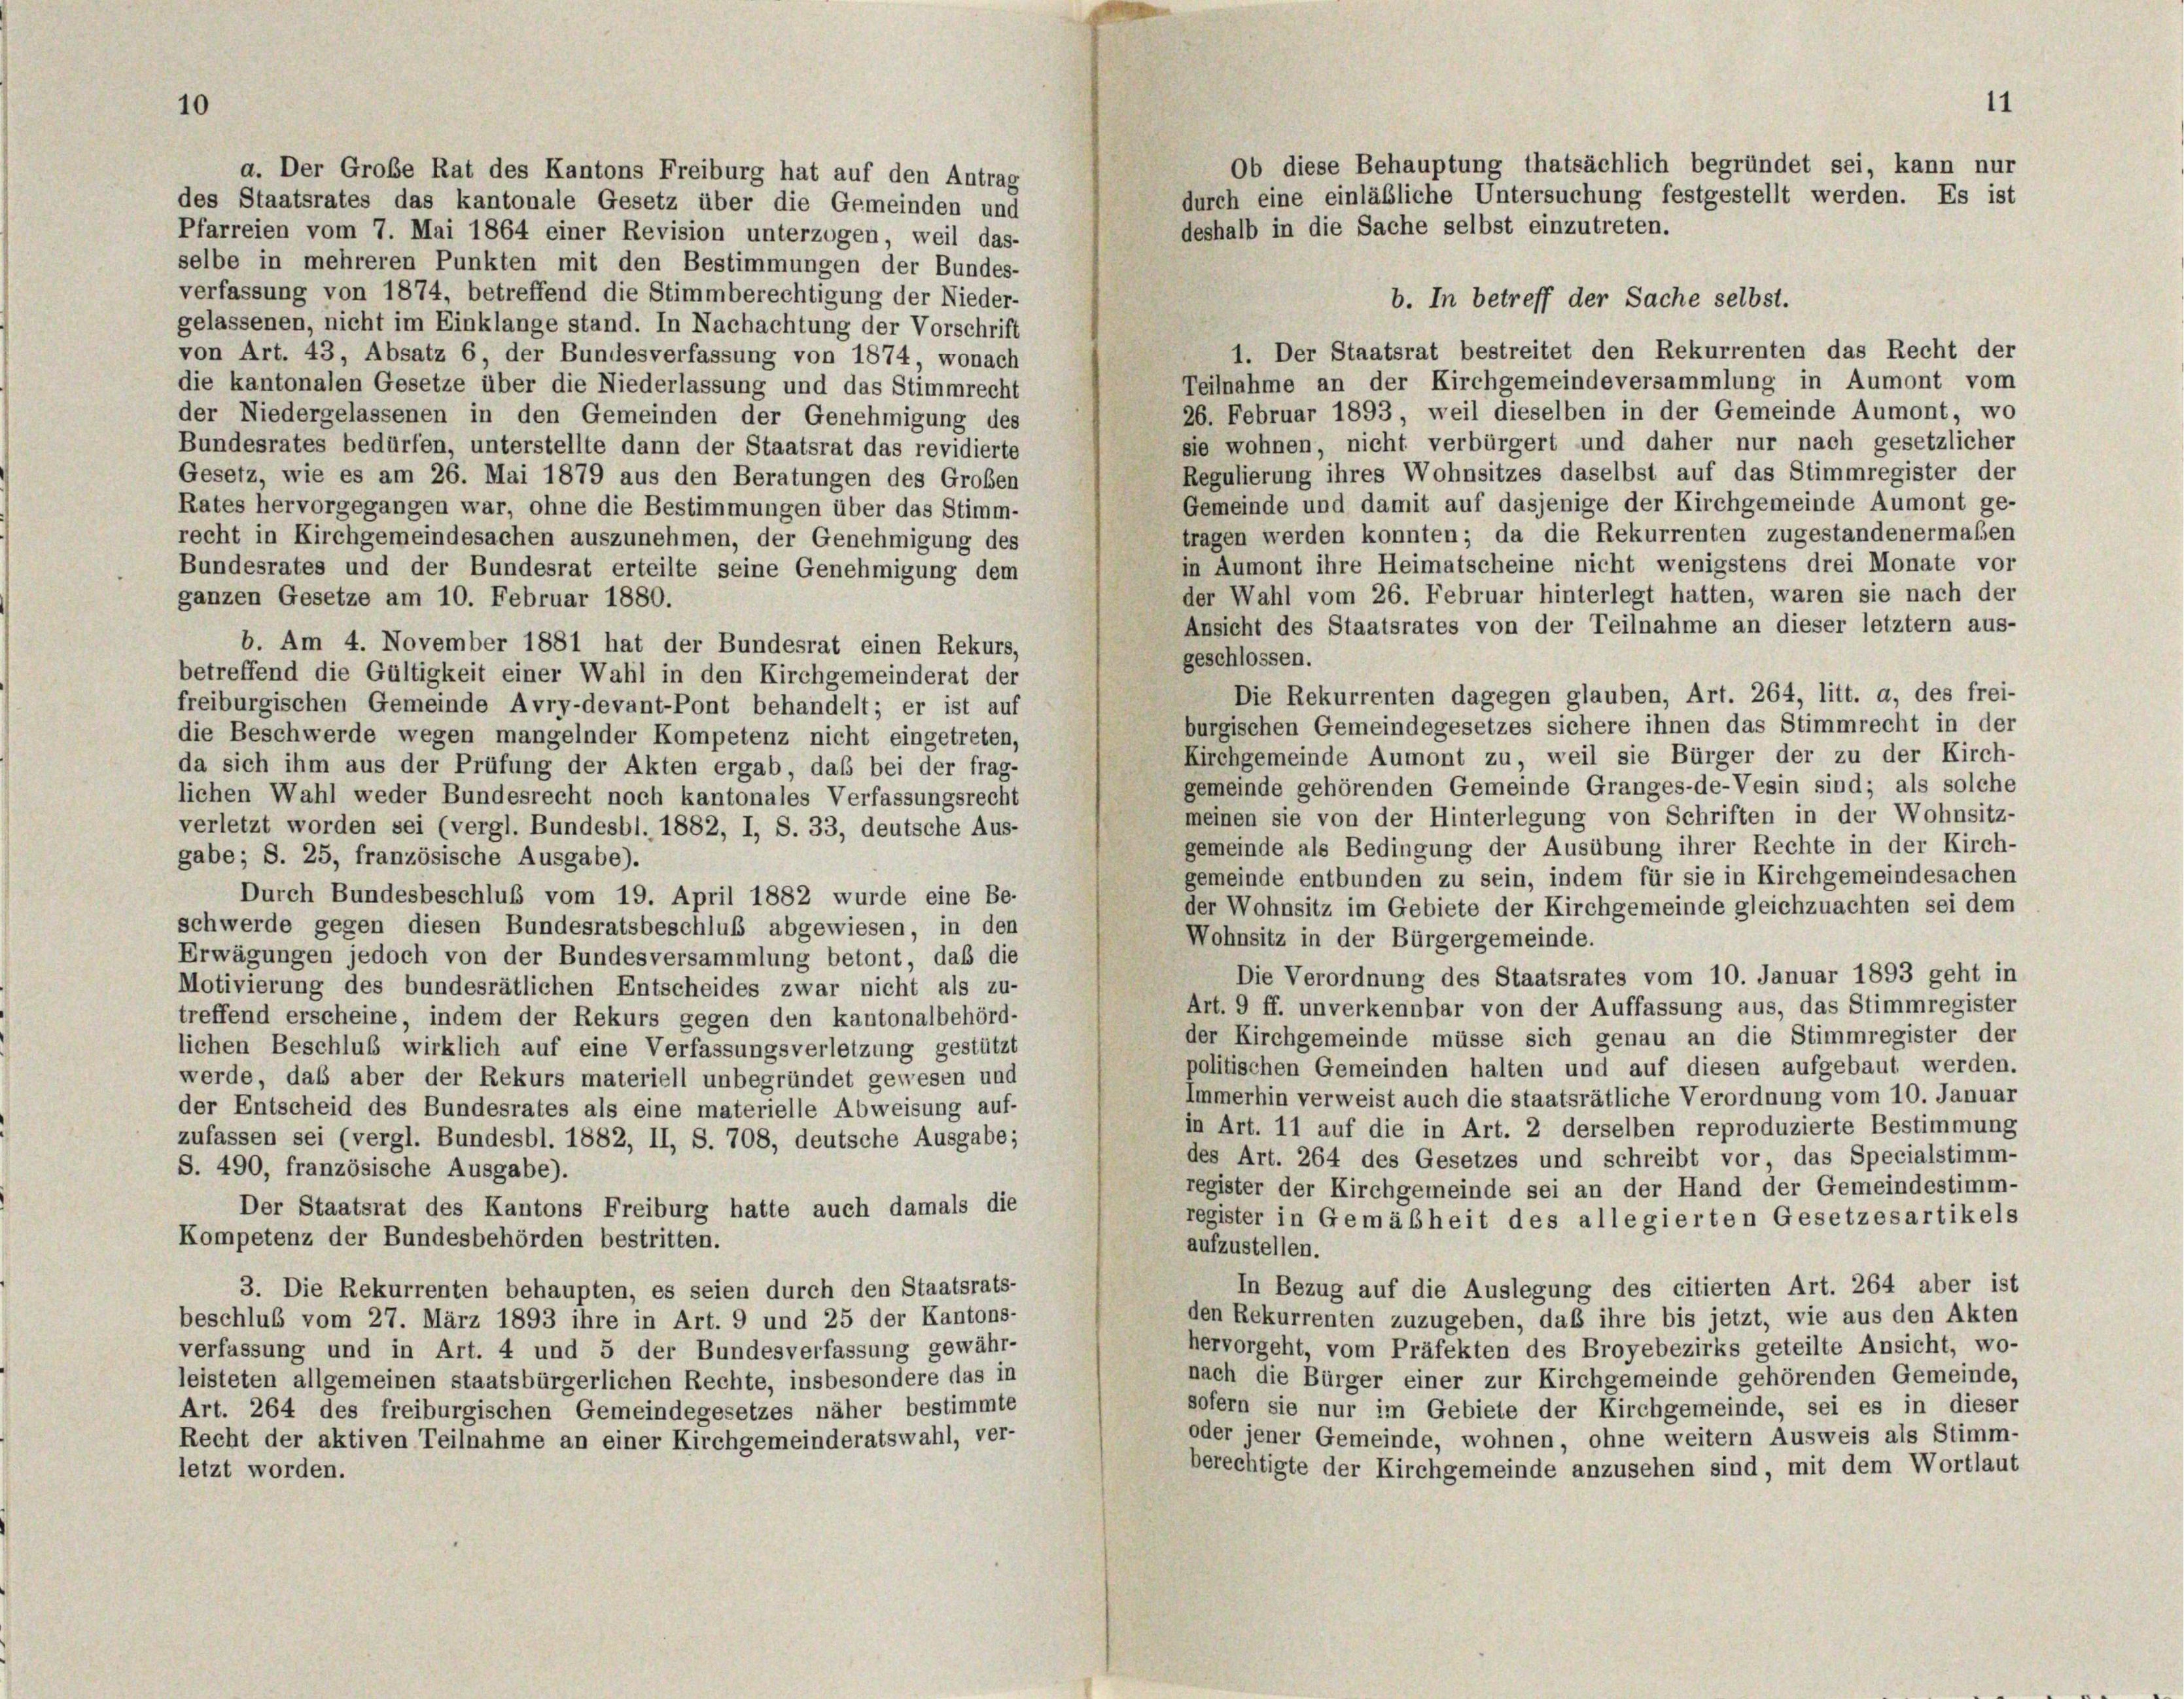
a. Der Große Rat des Kantons Freiburg hat auf den Antrag
des Staatsrates das kantonale Gesetz über die Gemeinden und
Pfarreien vom 7. Mai 1864 einer Revision unterzogen, weil das-
selbe in mehreren Punkten mit den Bestimmungen der Bundes-
verfassung von 1874, betreffend die Stimmberechtigung der Nieder-
b. In betreff der Sache selbst.
gelassenen, nicht im Einklange stand. In Nachachtung der Vorschrift
1. Der Staatsrat bestreitet den Rekurrenten das Recht der
von Art. 43, Absatz 6, der Bundesverfassung von 1874, wonach
Teilnahme an der Kirchgemeindeversammlung in Aumont vom
die kantonalen Gesetze über die Niederlassung und das Stimmrecht
26. Februar 1893, weil dieselben in der Gemeinde Aumont, wo
der Niedergelassenen in den Gemeinden der Genehmigung des
sie wohnen, nicht verbürgert und daher nur nach gesetzlicher
Bundesrates bedürfen, unterstellte dann der Staatsrat das revidierte
Regulierung ihres Wohnsitzes daselbst auf das Stimmregister der
Gesetz, wie es am 26. Mai 1879 aus den Beratungen des Großen
Gemeinde und damit auf dasjenige der Kirchgemeinde Aumont ge-
Rates hervorgegangen war, ohne die Bestimmungen über das Stimm-
tragen werden konnten; da die Rekurrenten zugestandenermaßen
recht in Kirchgemeindesachen auszunehmen, der Genehmigung des
in Aumont ihre Heimatscheine nicht wenigstens drei Monate vor
Bundesrates und der Bundesrat erteilte seine Genehmigung dem
der Wahl vom 26. Februar hinterlegt hatten, waren sie nach der
ganzen Gesetze am 10. Februar 1880.
Ansicht des Staatsrates von der Teilnahme an dieser letztem aus-
b. Am 4. November 1881 hat der Bundesrat einen Rekurs,
geschlossen.
betreffend die Gültigkeit einer Wahl in den Kirchgemeinderat der
Die Rekurrenten dagegen glauben, Art. 264, litt. a, des frei-
freiburgischen Gemeinde Avry-devant-Pont behandelt; er ist auf
burgischen Gemeindegesetzes sichere ihnen das Stimmrecht in der
die Beschwerde wegen mangelnder Kompetenz nicht eingetreten,
Kirchgemeinde Aumont zu, weil sie Bürger der zu der Kirch-
da sich ihm aus der Prüfung der Akten ergab, daß bei der frag-
gemeinde gehörenden Gemeinde Granges-de-Vesin sind; als solche
lichen Wahl weder Bundesrecht noch kantonales Verfassungsrecht
meinen sie von der Hinterlegung von Schriften in der Wohnsitz-
verletzt worden sei (vergl. Bundesbl. 1882, I, S. 33, deutsche Aus-
gemeinde als Bedingung der Ausübung ihrer Rechte in der Kirch-
gabe; S. 25, französische Ausgabe).
gemeinde entbunden zu sein, indem für sie in Kirchgemeindesachen
Durch Bundesbeschluß vom 19. April 1882 wurde eine Be-
der Wohnsitz im Gebiete der Kirchgemeinde gleichzuachten sei dem
schwerde gegen diesen Bundesratsbeschluß abgewiesen, in den
Wohnsitz in der Bürgergemeinde.
Erwägungen jedoch von der Bundesversammlung betont, daß die
Die Verordnung des Staatsrates vom 10. Januar 1893 geht in
Motivierung des bundesrätlichen Entscheides zwar nicht als zu-
Art. 9 ff. unverkennbar von der Auffassung aus, das Stimmregister
treffend erscheine, indem der Rekurs gegen den kantonalbehörd-
der Kirchgemeinde müsse sich genau an die Stimmregister der
lichen Beschluß wirklich auf eine Verfassungsverletzung gestützt
politischen Gemeinden halten und auf diesen aufgebaut werden.
werde, daß aber der Rekurs materiell unbegründet gewesen und
Immerhin verweist auch die staatsrätliche Verordnung vom 10. Januar
der Entscheid des Bundesrates als eine materielle Abweisung auf-
in Art. 11 auf die in Art. 2 derselben reproduzierte Bestimmung
zufassen sei (vergl. Bundesbl. 1882, II, S. 708, deutsche Ausgabe;
des Art. 264 des Gesetzes und schreibt vor, das Specialstimm-
S. 490, französische Ausgabe).
register der Kirchgemeinde sei an der Hand der Gemeindestimm-
Der Staatsrat des Kantons Freiburg hatte auch damals die
register in Gemäßheit des allegierten Gesetzesartikels
Kompetenz der Bundesbehörden bestritten.
aufzustellen.
In Bezug auf die Auslegung des citierten Art. 264 aber ist
3. Die Rekurrenten behaupten, es seien durch den Staatsrats-
den Rekurrenten zuzugeben, daß ihre bis jetzt, wie aus den Akten
beschluß vom 27. März 1893 ihre in Art. 9 und 25 der Kantons-
hervorgeht, vom Präfekten des Broyebezirks geteilte Ansicht, wo-
verfassung und in Art. 4 und 5 der Bundesverfassung gewähr-
nach die Bürger einer zur Kirchgemeinde gehörenden Gemeinde,
leisteten allgemeinen staatsbürgerlichen Rechte, insbesondere das in
sofern sie nur im Gebiete der Kirchgemeinde, sei es in dieser
Art. 264 des freiburgischen Gemeindegesetzes näher bestimmte
oder jener Gemeinde, wohnen, ohne weitern Ausweis als Stimm-
Recht der aktiven Teilnahme an einer Kirchgemeinderatswahl, ver-
berechtigte der Kirchgemeinde anzusehen sind, mit dem Wortlaut
letzt worden.

11
Ob diese Behauptung thatsächlich begründet sei, kann nur
durch eine einläßliche Untersuchung festgestellt werden. Es ist
deshalb in die Sache selbst einzutreten.